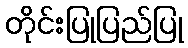
တိုင်းပြုပြည်ပြု